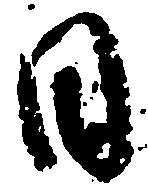
日